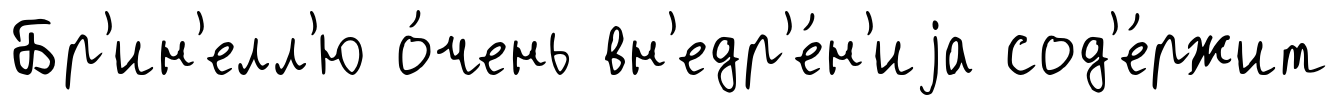
Бр'ин'елл'ю о́чень вн'едр'е́н'иjа сод'е́ржит